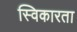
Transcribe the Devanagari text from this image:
स्विकारता